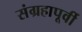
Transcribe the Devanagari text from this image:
संग्रहापूर्वी